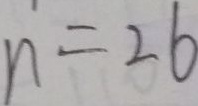
n ^ { \prime } = 2 6